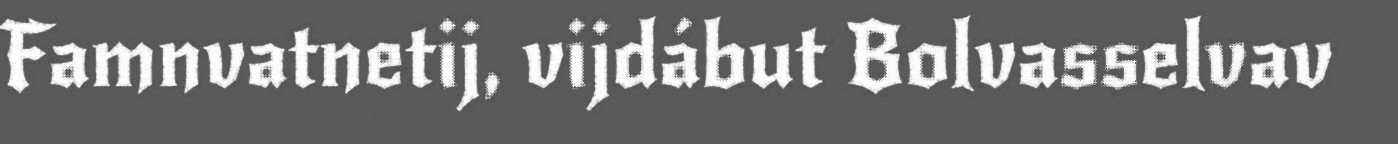
Famnvatnetij, vijdábut Bolvasselvav